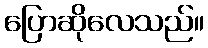
ပြောဆိုလေသည်။